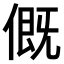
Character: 𠌰